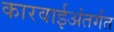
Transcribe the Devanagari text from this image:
कारवाईअंतर्गत